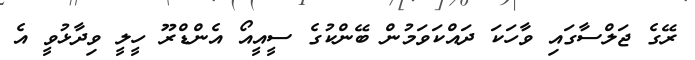
ރޭގެ ޖަލްސާގައި ވާހަކަ ދައްކަވަމުން ބޭންކުގެ ސީއީއޯ އެންޑްރޫ ހީލީ ވިދާޅުވީ އެ